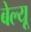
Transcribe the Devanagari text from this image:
बेल्यू